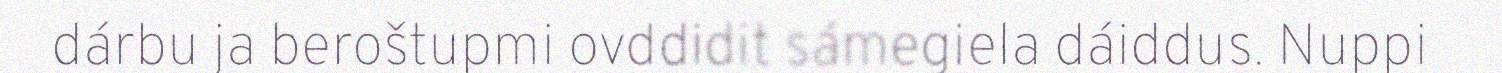
dárbu ja beroštupmi ovddidit sámegiela dáiddus. Nuppi